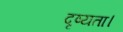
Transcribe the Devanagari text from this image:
दृष्यता।